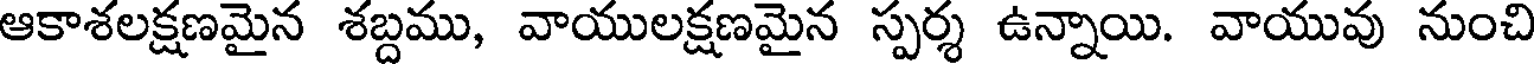
ఆకాశలక్షణమైన శబ్దము, వాయులక్షణమైన స్పర్శ ఉన్నాయి. వాయువు నుంచి